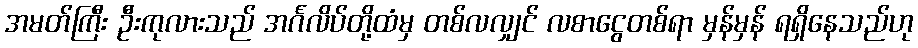
အမတ်ကြီး ဦးကုလားသည် အင်္ဂလိပ်တို့ထံမှ တစ်လလျှင် လစာငွေတစ်ရာ မှန်မှန် ရရှိနေသည်ဟု